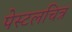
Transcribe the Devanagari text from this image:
पेस्टलचित्र